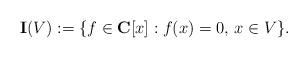
LaTeX: \begin{align*}\mathbf I(V):=\{f\in\mathbf C[x]: f(x)=0,\,x\in V\}.\end{align*}